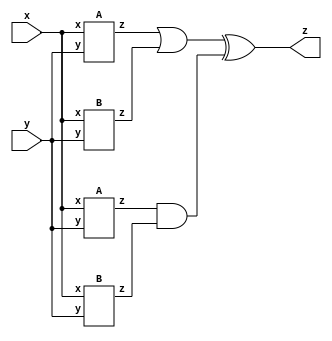
// Statement
// Taken from 2015 midterm question 4

// See mt2015_q4a and mt2015_q4b for the submodules used here. The top-level design consists of two instantiations each of subcircuits A and B, as shown below.

// Circuit : https://hdlbits.01xz.net/wiki/File:Mt2015_q4.png

// Solution
module top_module (input x, input y, output z);
	
    // We want to define the wire for getting the gates
    wire A1_out, A2_out, B1_out, B2_out, AND_out, OR_out, XOR_out;
    
    // We want to instantiate the module A and B two times
    // Here we are using the order for connection.
    A A1(x, y, A1_out);
    A A2(x, y, A2_out);
    B B1(x, y, B1_out);
    B B2(x, y, B2_out);
    
    // Setting the out from the and and or gate
    or(OR_out, A1_out, B1_out);
    and(AND_out, A2_out, B2_out);
    
    // Getting the out from XOR gate
    xor(z, OR_out, AND_out);
    
endmodule

module A ( input x, input y, output z);
    assign z = (x^y) & x;
endmodule

module B ( input x, input y, output z );
    assign z = ~(x^y);
endmodule